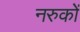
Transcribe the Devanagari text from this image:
नरुकों